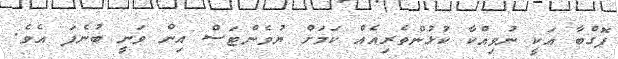
ޕޮގްބާ އަކީ ނުވިއްކާ ކުޅުންތެރިއެއް ކަމަށް ޔުވެންޓަސް އިން ވަނީ ބުނެފަ އެވެ.